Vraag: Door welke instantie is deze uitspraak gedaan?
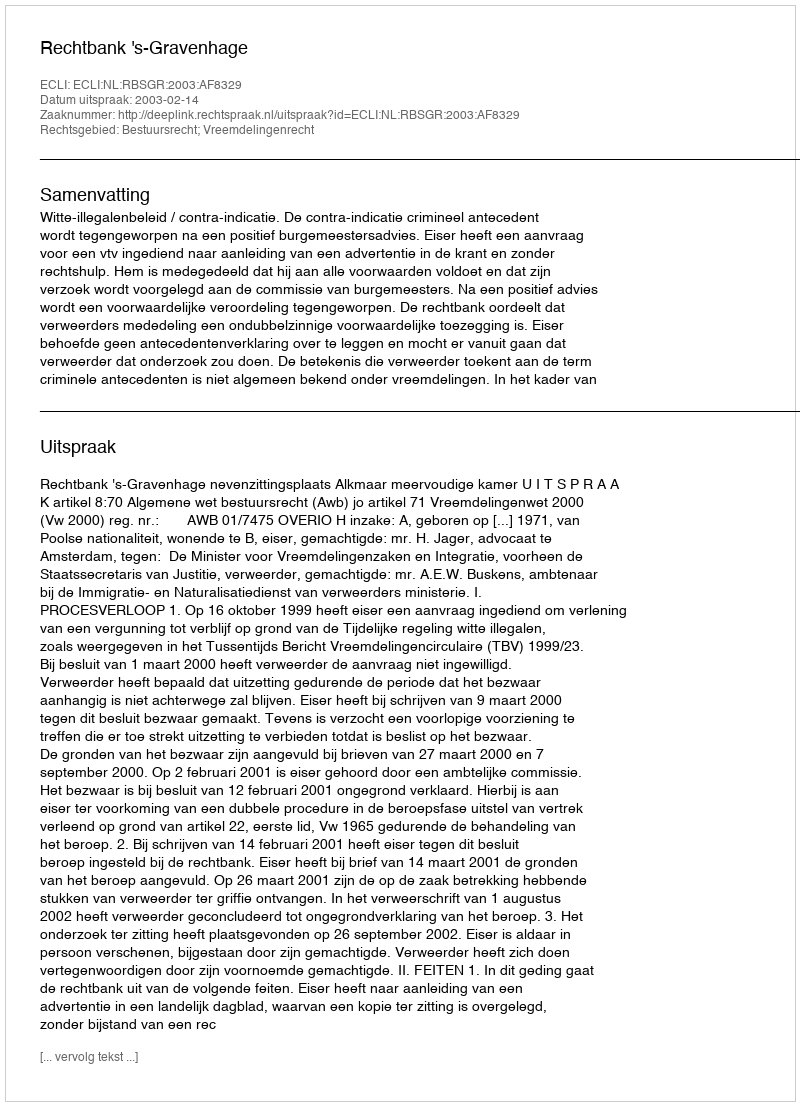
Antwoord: Rechtbank 's-Gravenhage